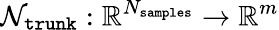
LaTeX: \mathcal{N}_{\texttt{trunk}}:\mathbb{R}^{N_{\texttt{samples}}}\rightarrow\mathbb{R}^{m}